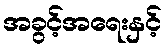
အခွင့်အရေးနှင့်